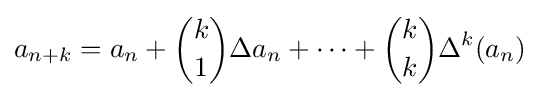
a_{n+k}=a_{n}+{k \choose 1}\Delta a_{n}+\cdots +{k \choose k}\Delta ^{k}(a_{n})